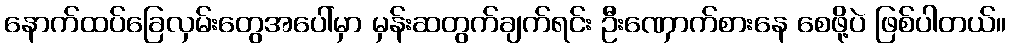
နောက်ထပ်ခြေလှမ်းတွေအပေါ်မှာ မှန်းဆတွက်ချက်ရင်း ဦးဏှောက်စားနေ စေဖို့ပဲ ဖြစ်ပါတယ်။